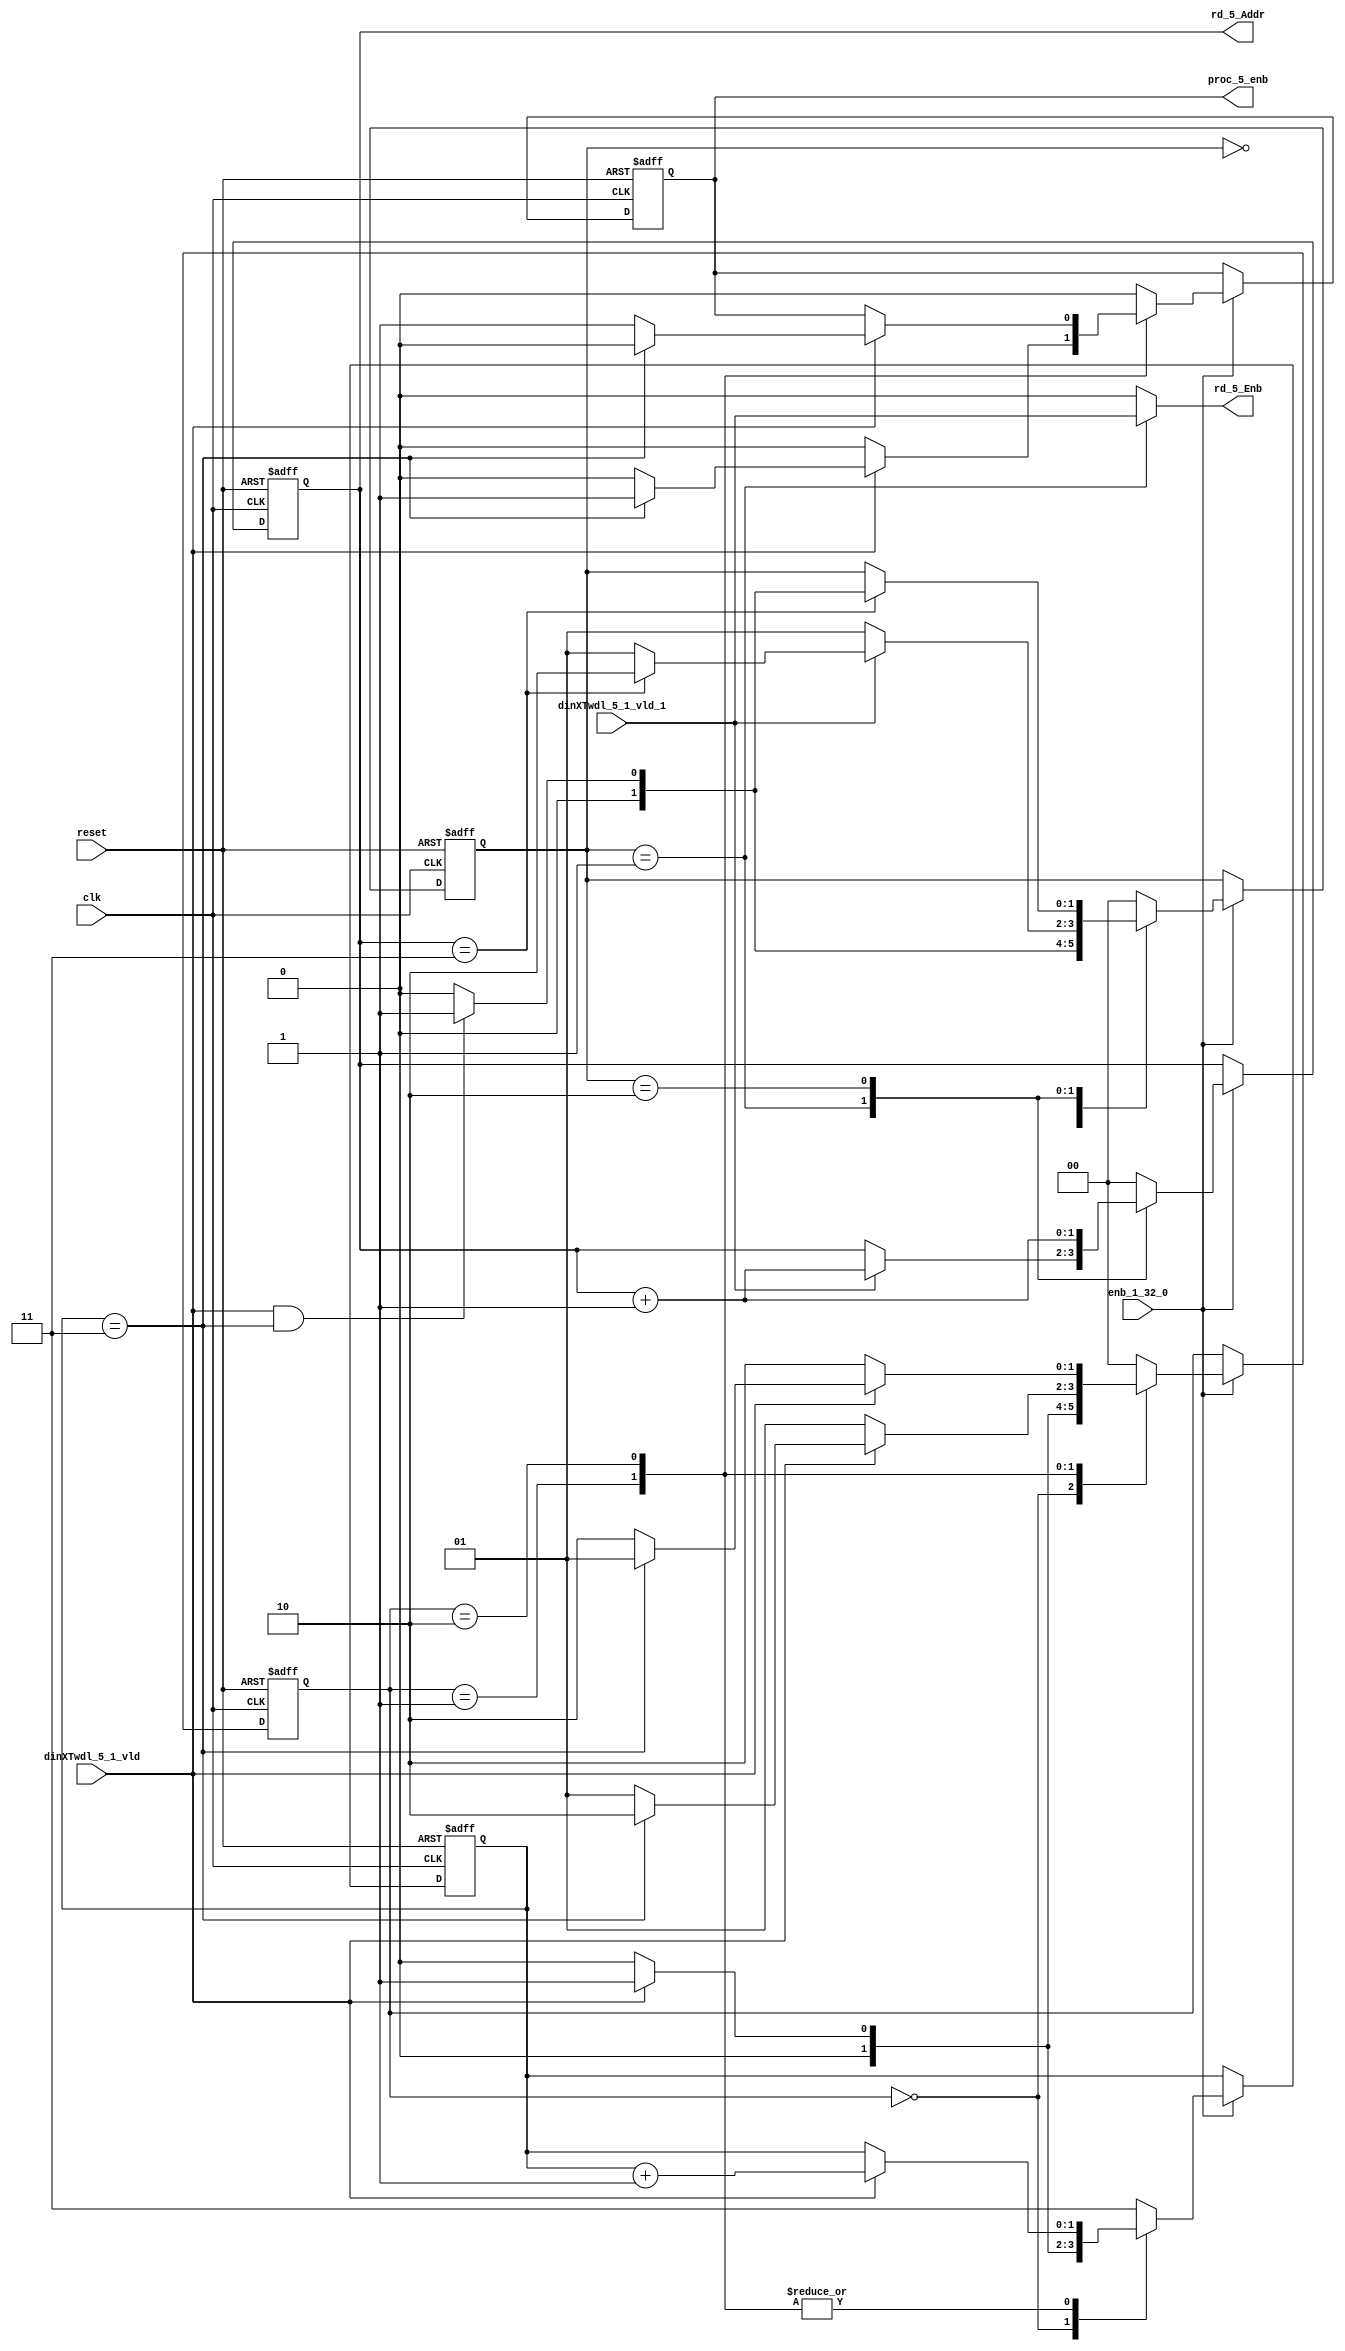
// -------------------------------------------------------------
// 
// 
// Generated by MATLAB 9.13 and HDL Coder 4.0
// 
// -------------------------------------------------------------


// -------------------------------------------------------------
// 
// Module: whdlOFDMTx_RADIX22FFT_CTRL1_5
// Source Path: dsphdl.IFFT/RADIX22FFT_CTRL1_5
// Hierarchy Level: 5
// 
// -------------------------------------------------------------

`timescale 1 ns / 1 ns

module whdlOFDMTx_RADIX22FFT_CTRL1_5
          (clk,
           reset,
           enb_1_32_0,
           dinXTwdl_5_1_vld,
           dinXTwdl_5_1_vld_1,
           rd_5_Addr,
           rd_5_Enb,
           proc_5_enb);


  input   clk;
  input   reset;
  input   enb_1_32_0;
  input   dinXTwdl_5_1_vld;
  input   dinXTwdl_5_1_vld_1;
  output  [1:0] rd_5_Addr;  // ufix2
  output  rd_5_Enb;
  output  proc_5_enb;


  reg [1:0] SDFController_wrCount;  // ufix2
  reg [1:0] SDFController_wrState;  // ufix2
  reg [1:0] SDFController_rdState;  // ufix2
  reg [1:0] SDFController_rdAddr_reg;  // ufix2
  reg  SDFController_procEnb_reg;
  reg [1:0] SDFController_multjState;  // ufix2
  reg  SDFController_multiply_J_reg;
  reg [1:0] SDFController_wrCount_next;  // ufix2
  reg [1:0] SDFController_wrState_next;  // ufix2
  reg [1:0] SDFController_rdState_next;  // ufix2
  reg [1:0] SDFController_rdAddr_reg_next;  // ufix2
  reg  SDFController_procEnb_reg_next;
  reg [1:0] SDFController_multjState_next;  // ufix2
  reg  SDFController_multiply_J_reg_next;
  reg [1:0] rd_5_Addr_1;  // ufix2
  reg  rd_5_Enb_1;
  reg  proc_5_enb_1;
  reg  multiply_5_J;


  // SDFController
  always @(posedge clk or posedge reset)
    begin : SDFController_process
      if (reset == 1'b1) begin
        SDFController_wrCount <= 2'b00;
        SDFController_rdAddr_reg <= 2'b00;
        SDFController_wrState <= 2'b00;
        SDFController_rdState <= 2'b00;
        SDFController_multjState <= 2'b00;
        SDFController_procEnb_reg <= 1'b0;
        SDFController_multiply_J_reg <= 1'b0;
      end
      else begin
        if (enb_1_32_0) begin
          SDFController_wrCount <= SDFController_wrCount_next;
          SDFController_wrState <= SDFController_wrState_next;
          SDFController_rdState <= SDFController_rdState_next;
          SDFController_rdAddr_reg <= SDFController_rdAddr_reg_next;
          SDFController_procEnb_reg <= SDFController_procEnb_reg_next;
          SDFController_multjState <= SDFController_multjState_next;
          SDFController_multiply_J_reg <= SDFController_multiply_J_reg_next;
        end
      end
    end

  always @(SDFController_multiply_J_reg, SDFController_multjState,
       SDFController_procEnb_reg, SDFController_rdAddr_reg,
       SDFController_rdState, SDFController_wrCount, SDFController_wrState,
       dinXTwdl_5_1_vld, dinXTwdl_5_1_vld_1) begin
    SDFController_wrCount_next = SDFController_wrCount;
    SDFController_wrState_next = SDFController_wrState;
    SDFController_rdState_next = SDFController_rdState;
    SDFController_rdAddr_reg_next = SDFController_rdAddr_reg;
    SDFController_procEnb_reg_next = SDFController_procEnb_reg;
    SDFController_multjState_next = SDFController_multjState;
    SDFController_multiply_J_reg_next = SDFController_multiply_J_reg;
    case ( SDFController_multjState)
      2'b00 :
        begin
          SDFController_multjState_next = 2'b00;
          SDFController_multiply_J_reg_next = 1'b0;
          if (SDFController_rdState == 2'b01) begin
            SDFController_multjState_next = 2'b01;
          end
        end
      2'b01 :
        begin
          SDFController_multiply_J_reg_next = 1'b0;
          if (SDFController_rdState == 2'b10) begin
            SDFController_multjState_next = 2'b10;
          end
        end
      2'b10 :
        begin
          SDFController_multiply_J_reg_next = 1'b0;
          if (SDFController_rdState == 2'b01) begin
            SDFController_multjState_next = 2'b11;
            SDFController_multiply_J_reg_next = 1'b1;
          end
        end
      2'b11 :
        begin
          if (SDFController_rdState == 2'b01) begin
            SDFController_multjState_next = 2'b11;
            SDFController_multiply_J_reg_next = 1'b1;
          end
          else begin
            SDFController_multiply_J_reg_next = 1'b0;
            SDFController_multjState_next = 2'b00;
          end
        end
      default :
        begin
          SDFController_multjState_next = 2'b00;
          SDFController_multiply_J_reg_next = 1'b0;
        end
    endcase
    case ( SDFController_rdState)
      2'b00 :
        begin
          SDFController_rdState_next = 2'b00;
          SDFController_rdAddr_reg_next = 2'b00;
          rd_5_Enb_1 = 1'b0;
          if (dinXTwdl_5_1_vld && (SDFController_wrCount == 2'b11)) begin
            SDFController_rdState_next = 2'b01;
          end
        end
      2'b01 :
        begin
          SDFController_rdState_next = 2'b01;
          rd_5_Enb_1 = dinXTwdl_5_1_vld_1;
          if (dinXTwdl_5_1_vld_1) begin
            if (SDFController_rdAddr_reg == 2'b11) begin
              SDFController_rdState_next = 2'b10;
            end
            SDFController_rdAddr_reg_next = SDFController_rdAddr_reg + 2'b01;
          end
        end
      2'b10 :
        begin
          rd_5_Enb_1 = 1'b0;
          if (SDFController_rdAddr_reg == 2'b11) begin
            if (dinXTwdl_5_1_vld && (SDFController_wrCount == 2'b11)) begin
              SDFController_rdState_next = 2'b01;
            end
            else begin
              SDFController_rdState_next = 2'b00;
            end
          end
          SDFController_rdAddr_reg_next = SDFController_rdAddr_reg + 2'b01;
        end
      default :
        begin
          SDFController_rdState_next = 2'b00;
          SDFController_rdAddr_reg_next = 2'b00;
          rd_5_Enb_1 = 1'b0;
        end
    endcase
    case ( SDFController_wrState)
      2'b00 :
        begin
          SDFController_wrState_next = 2'b00;
          SDFController_wrCount_next = 2'b00;
          SDFController_procEnb_reg_next = 1'b0;
          if (dinXTwdl_5_1_vld) begin
            SDFController_wrState_next = 2'b01;
            SDFController_wrCount_next = 2'b01;
          end
        end
      2'b01 :
        begin
          SDFController_wrState_next = 2'b01;
          SDFController_procEnb_reg_next = 1'b0;
          if (dinXTwdl_5_1_vld) begin
            if (SDFController_wrCount == 2'b11) begin
              SDFController_wrState_next = 2'b10;
              SDFController_procEnb_reg_next = 1'b1;
            end
            else begin
              SDFController_wrState_next = 2'b01;
            end
            SDFController_wrCount_next = SDFController_wrCount + 2'b01;
          end
        end
      2'b10 :
        begin
          SDFController_wrState_next = 2'b10;
          if (dinXTwdl_5_1_vld) begin
            if (SDFController_wrCount == 2'b11) begin
              SDFController_wrState_next = 2'b01;
              SDFController_procEnb_reg_next = 1'b0;
            end
            else begin
              SDFController_wrState_next = 2'b10;
              SDFController_procEnb_reg_next = 1'b1;
            end
            SDFController_wrCount_next = SDFController_wrCount + 2'b01;
          end
        end
      default :
        begin
          SDFController_wrState_next = 2'b00;
          SDFController_wrCount_next = 2'b11;
          SDFController_procEnb_reg_next = 1'b0;
        end
    endcase
    rd_5_Addr_1 = SDFController_rdAddr_reg;
    proc_5_enb_1 = SDFController_procEnb_reg;
    multiply_5_J = SDFController_multiply_J_reg;
  end



  assign rd_5_Addr = rd_5_Addr_1;

  assign rd_5_Enb = rd_5_Enb_1;

  assign proc_5_enb = proc_5_enb_1;

endmodule  // whdlOFDMTx_RADIX22FFT_CTRL1_5